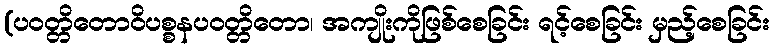
(ပဝတ္တိတောဝိပစ္စနပဝတ္တိတော၊ အကျိုးကိုဖြစ်စေခြင်း ရင့်စေခြင်း မှည့်စေခြင်း